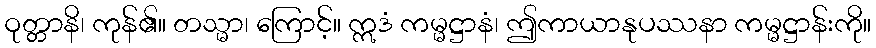
ဝုတ္တာနိ၊ ကုန်၏။ တသ္မာ၊ ကြောင့်။ ဣဒံ ကမ္မဋ္ဌာနံ၊ ဤကာယာနုပဿနာ ကမ္မဋ္ဌာန်းကို။